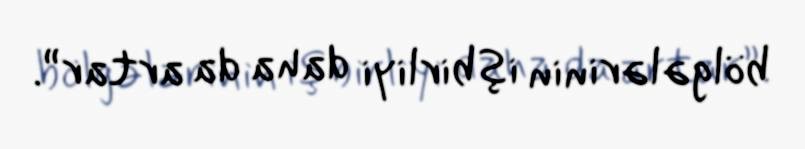
bölgələrinin işbirliyi daha da artar”.